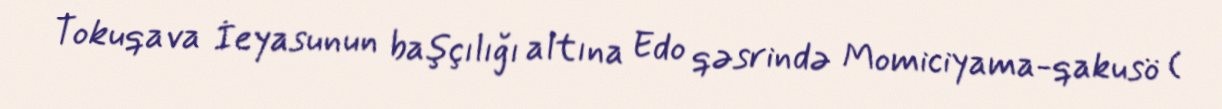
Tokuqava İeyasunun başçılığı altına Edo qəsrində Momiciyama-qakusö (